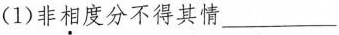
( 1 )非相度分不得其情___